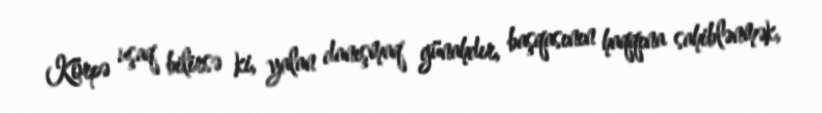
Körpə uşaq bilirsə ki, yalan danışmaq günahdır, başqasının haqqına sahiblənmək,